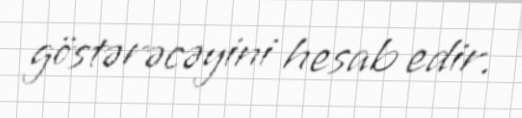
göstərəcəyini hesab edir.